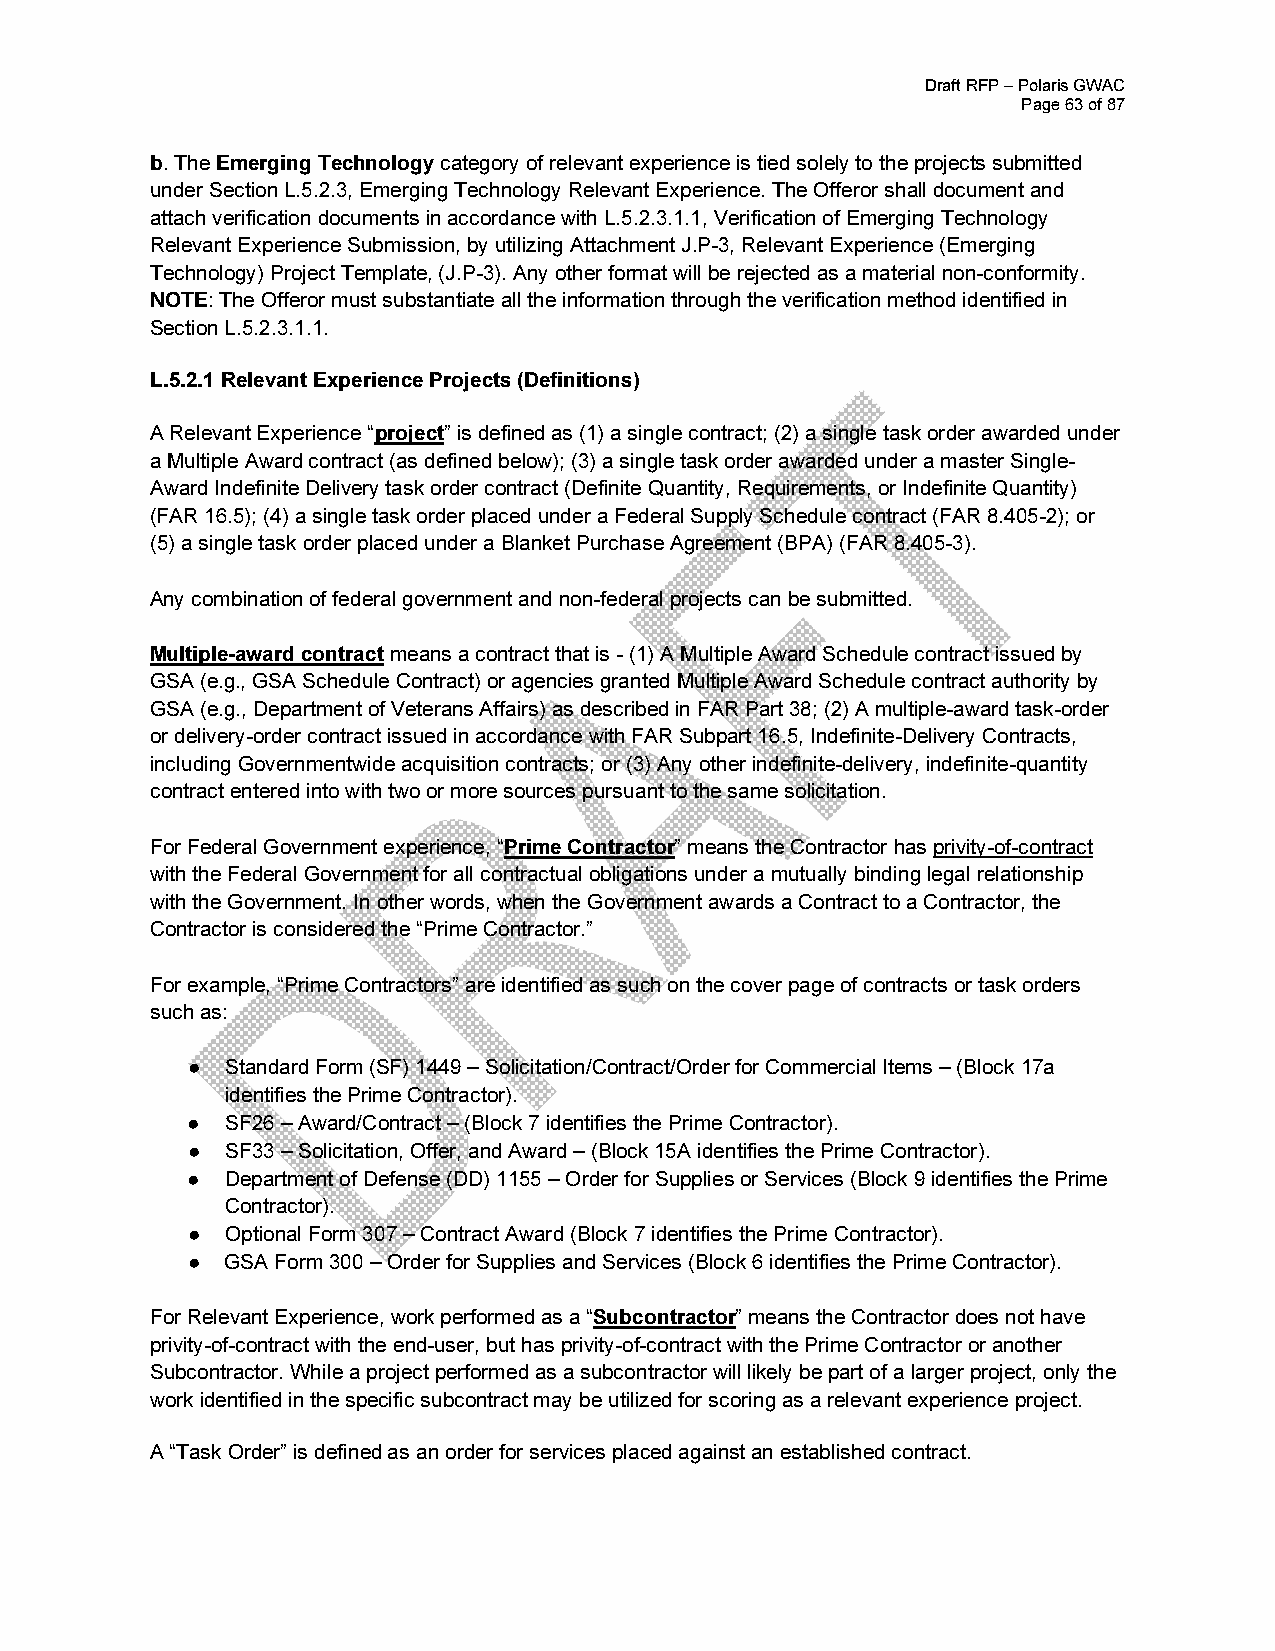
Draft RFP – Polaris GWAC
 Page 63 of 87
 b. The Emerging Technology category of relevant experience is tied solely to the projects submitted
 under Section L.5.2.3, Emerging Technology Relevant Experience. The Offeror shall document and
 attach verification documents in accordance with L.5.2.3.1.1, Verification of Emerging Technology
 Relevant Experience Submission, by utilizing Attachment J.P-3, Relevant Experience (Emerging
 Technology) Project Template, (J.P-3). Any other format will be rejected as a material non-conformity.
 NOTE: The Offeror must substantiate all the information through the verification method identified in
 Section L.5.2.3.1.1.
 L.5.2.1 Relevant Experience Projects (Definitions)
 A Relevant Experience “project” is defined as (1) a single contract; (2) a single task order awarded under
 a Multiple Award contract (as defined below); (3) a single task order awarded under a master Single-
 Award Indefinite Delivery task order contract (Definite Quantity, Requirements, or Indefinite Quantity)
 (FAR 16.5); (4) a single task order placed under a Federal Supply Schedule contract (FAR 8.405-2); or
 (5) a single task order placed under a Blanket Purchase Agreement (BPA) (FAR 8.405-3).
 Any combination of federal government and non-federal projects can be submitted.
 Multiple-award contract means a contract that is - (1) A Multiple Award Schedule contract issued by
 GSA (e.g., GSA Schedule Contract) or agencies granted Multiple Award Schedule contract authority by
 GSA (e.g., Department of Veterans Affairs) as described in FAR Part 38; (2) A multiple-award task-order
 or delivery-order contract issued in accordance with FAR Subpart 16.5, Indefinite-Delivery Contracts,
 including Governmentwide acquisition contracts; or (3) Any other indefinite-delivery, indefinite-quantity
 contract entered into with two or more sources pursuant to the same solicitation.
 For Federal Government experience, “Prime Contractor” means the Contractor has privity-of-contract
 with the Federal Government for all contractual obligations under a mutually binding legal relationship
 with the Government. In other words, when the Government awards a Contract to a Contractor, the
 Contractor is considered the “Prime Contractor.”
 For example, “Prime Contractors” are identified as such on the cover page of contracts or task orders
 such as:
 ●  Standard Form (SF) 1449 – Solicitation/Contract/Order for Commercial Items – (Block 17a
 identifies the Prime Contractor).
 ●  SF26 – Award/Contract – (Block 7 identifies the Prime Contractor).
 ●  SF33 – Solicitation, Offer, and Award – (Block 15A identifies the Prime Contractor).
 ●  Department of Defense (DD) 1155 – Order for Supplies or Services (Block 9 identifies the Prime
 Contractor).
 ●  Optional Form 307 – Contract Award (Block 7 identifies the Prime Contractor).
 ●  GSA Form 300 – Order for Supplies and Services (Block 6 identifies the Prime Contractor).
 For Relevant Experience, work performed as a “Subcontractor” means the Contractor does not have
 privity-of-contract with the end-user, but has privity-of-contract with the Prime Contractor or another
 Subcontractor. While a project performed as a subcontractor will likely be part of a larger project, only the
 work identified in the specific subcontract may be utilized for scoring as a relevant experience project.
 A “Task Order” is defined as an order for services placed against an established contract.